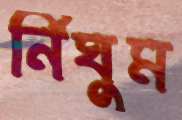
র্নিঘুম